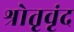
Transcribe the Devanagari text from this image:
श्रोतृवृंद